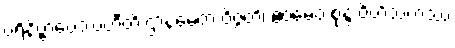
ပရိနိဗ္ဗာပေဿတီတိ ဌာနမေတံ ဝိဇ္ဇတိ၊ ဧဝမေဝ စုန္ဒ ဝိဟိံသကဿ